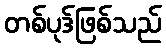
တစ်ပုဒ်ဖြစ်သည်